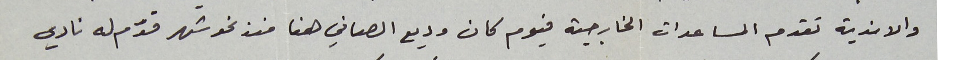
والاندية تقدم المساعدات الخارجية فيوم كان وديع الصافي هنا منذ نحو شهر قدّم له نادي